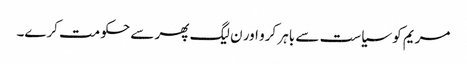
مریم کو سیاست سے باہر کرو اور ن لیگ پھر سے حکومت کرے۔